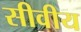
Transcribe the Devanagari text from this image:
सीवीय